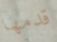
قدمها